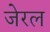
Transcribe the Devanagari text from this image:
जेरल